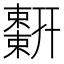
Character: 𢆬